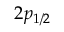
2 { p } _ { 1 / 2 }